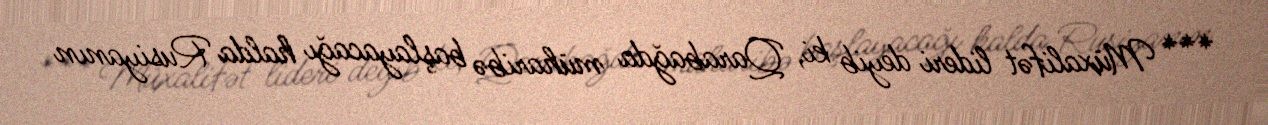
*** Müxalifət lideri deyib ki, Qarabağda müharibə başlayacağı halda Rusiyanın